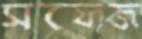
সফেজ